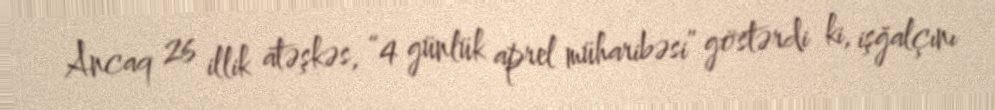
Ancaq 26 illik atəşkəs, “4 günlük aprel müharibəsi” göstərdi ki, işğalçını